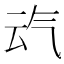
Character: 𪵣